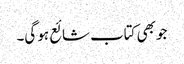
جو بھی کتاب شائع ہو گی۔